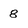
Character: 8